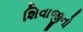
શિવાજીનો